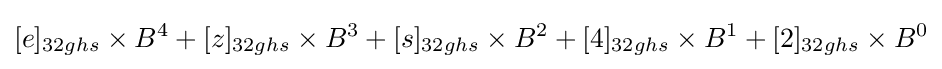
[e]_{32ghs}\times B^{4}+[z]_{32ghs}\times B^{3}+[s]_{32ghs}\times B^{2}+[4]_{32ghs}\times B^{1}+[2]_{32ghs}\times B^{0}